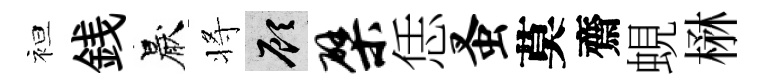
袒銭厭将顧檗恁蚤莫齋蜆楙